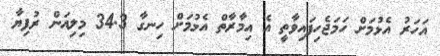
އަހަރު އެޅުމަށް ހަމަޖެހިފައިވާތީ އެ އިމާރާތް އެޅުމަށް ހިނގާ 34.3 މިލިއަން ރުފިޔާ